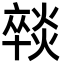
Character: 𭶈